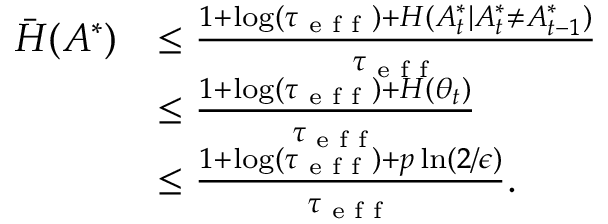
\begin{array} { r l } { \bar { H } ( A ^ { * } ) } & { \leq \frac { 1 + \log ( \tau _ { \textup { e f f } } ) + H ( A _ { t } ^ { * } | A _ { t } ^ { * } \ne A _ { t - 1 } ^ { * } ) } { \tau _ { \textup { e f f } } } } \\ & { \leq \frac { 1 + \log ( \tau _ { \textup { e f f } } ) + H ( \theta _ { t } ) } { \tau _ { \textup { e f f } } } } \\ & { \leq \frac { 1 + \log ( \tau _ { \textup { e f f } } ) + p \ln ( 2 / \epsilon ) } { \tau _ { \textup { e f f } } } . } \end{array}